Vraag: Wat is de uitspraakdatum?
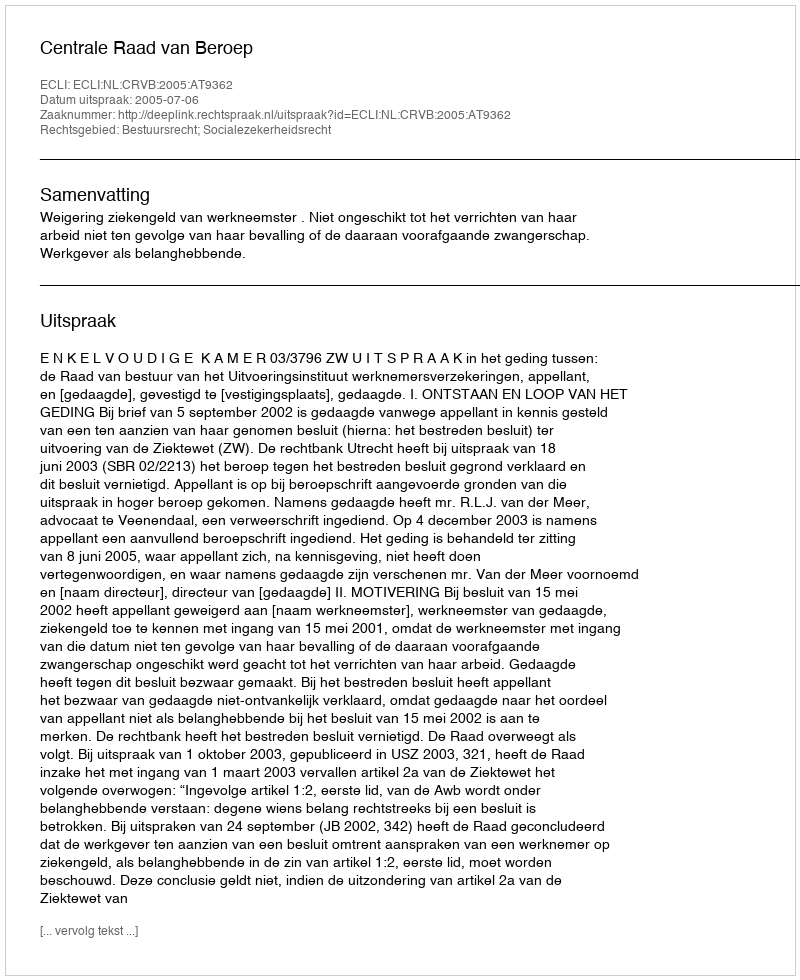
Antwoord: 2005-07-06